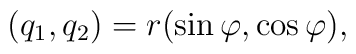
(q_1,q_2)=r(\sin\varphi,\cos\varphi),